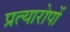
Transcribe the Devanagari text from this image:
प्रत्यारोपों